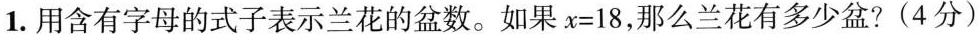
1.用含有字母的式子表示兰花的盆数。如果$$x = 1 8$$，那么兰花有多少盆?(4分)